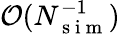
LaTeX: \mathcal{O}(N_{\mathrm{~s~i~m~}}^{-1})